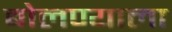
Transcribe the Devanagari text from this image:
बोलण्याला